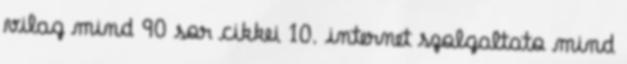
vilag mind 90 sor cikkei 10. internet szolgaltato mind